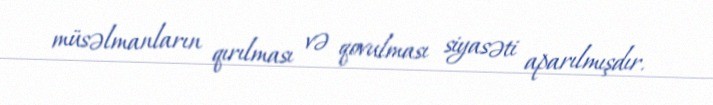
müsəlmanların qırılması və qovulması siyasəti aparılmışdır.